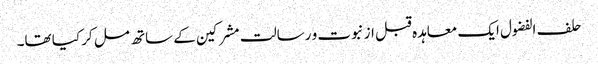
حلف الفضول ایک معاہدہ قبل از نبوت و رسالت مشرکین کے ساتھ مل کر کیا تھا۔